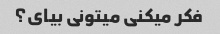
فکر میکنی میتونی بیای؟